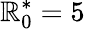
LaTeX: \mathbb{R}_{0}^{\ast}=5